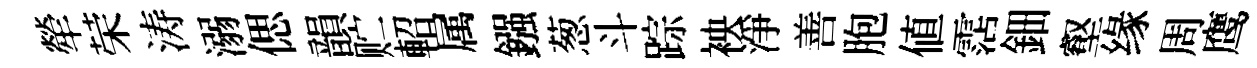
犖荣涛溺偲韻贮軺属鏹葱斗踪䘧淨善胞値霑鈿壑缘周鹰